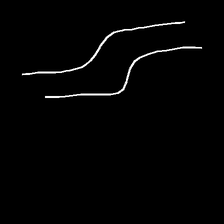
Glyph: float